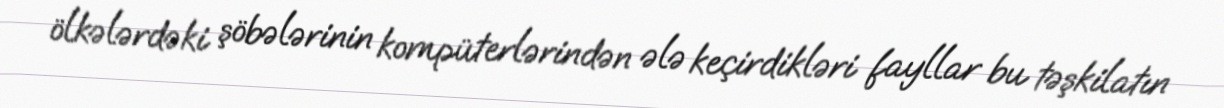
ölkələrdəki şöbələrinin kompüterlərindən ələ keçirdikləri fayllar bu təşkilatın